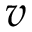
v